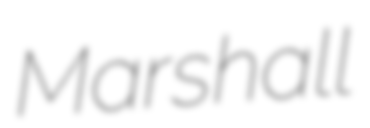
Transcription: Marshall